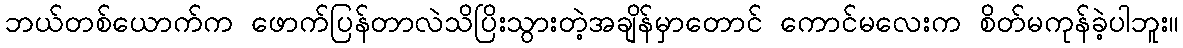
ဘယ်တစ်ယောက်က ဖောက်ပြန်တာလဲသိပြိးသွားတဲ့အချိန်မှာတောင် ကောင်မလေးက စိတ်မကုန်ခဲ့ပါဘူး။